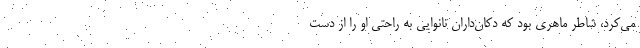
مي‌كرد، شاطر ماهري بود كه دكان‌داران نانوايي به راحتي او را از دست